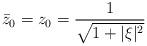
LaTeX: \begin{align*}{\bar z}_0=z_0=\frac{1}{\sqrt{1+\vert \xi\vert^2}}\end{align*}